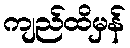
ကျည်ထိမှန်